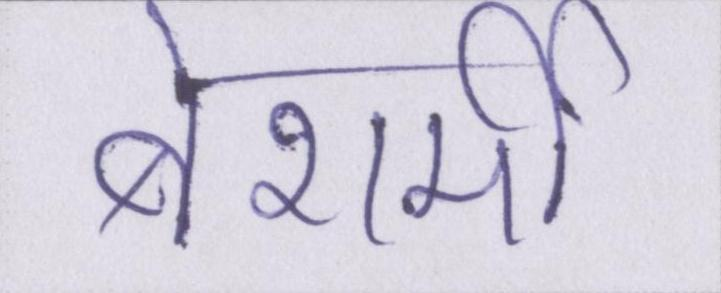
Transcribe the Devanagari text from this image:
बेशर्मी